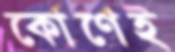
কোণেই